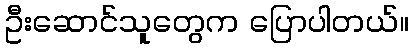
ဦးဆောင်သူတွေက ပြောပါတယ်။